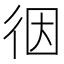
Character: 𢓨